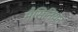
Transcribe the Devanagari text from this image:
मैसिनियन